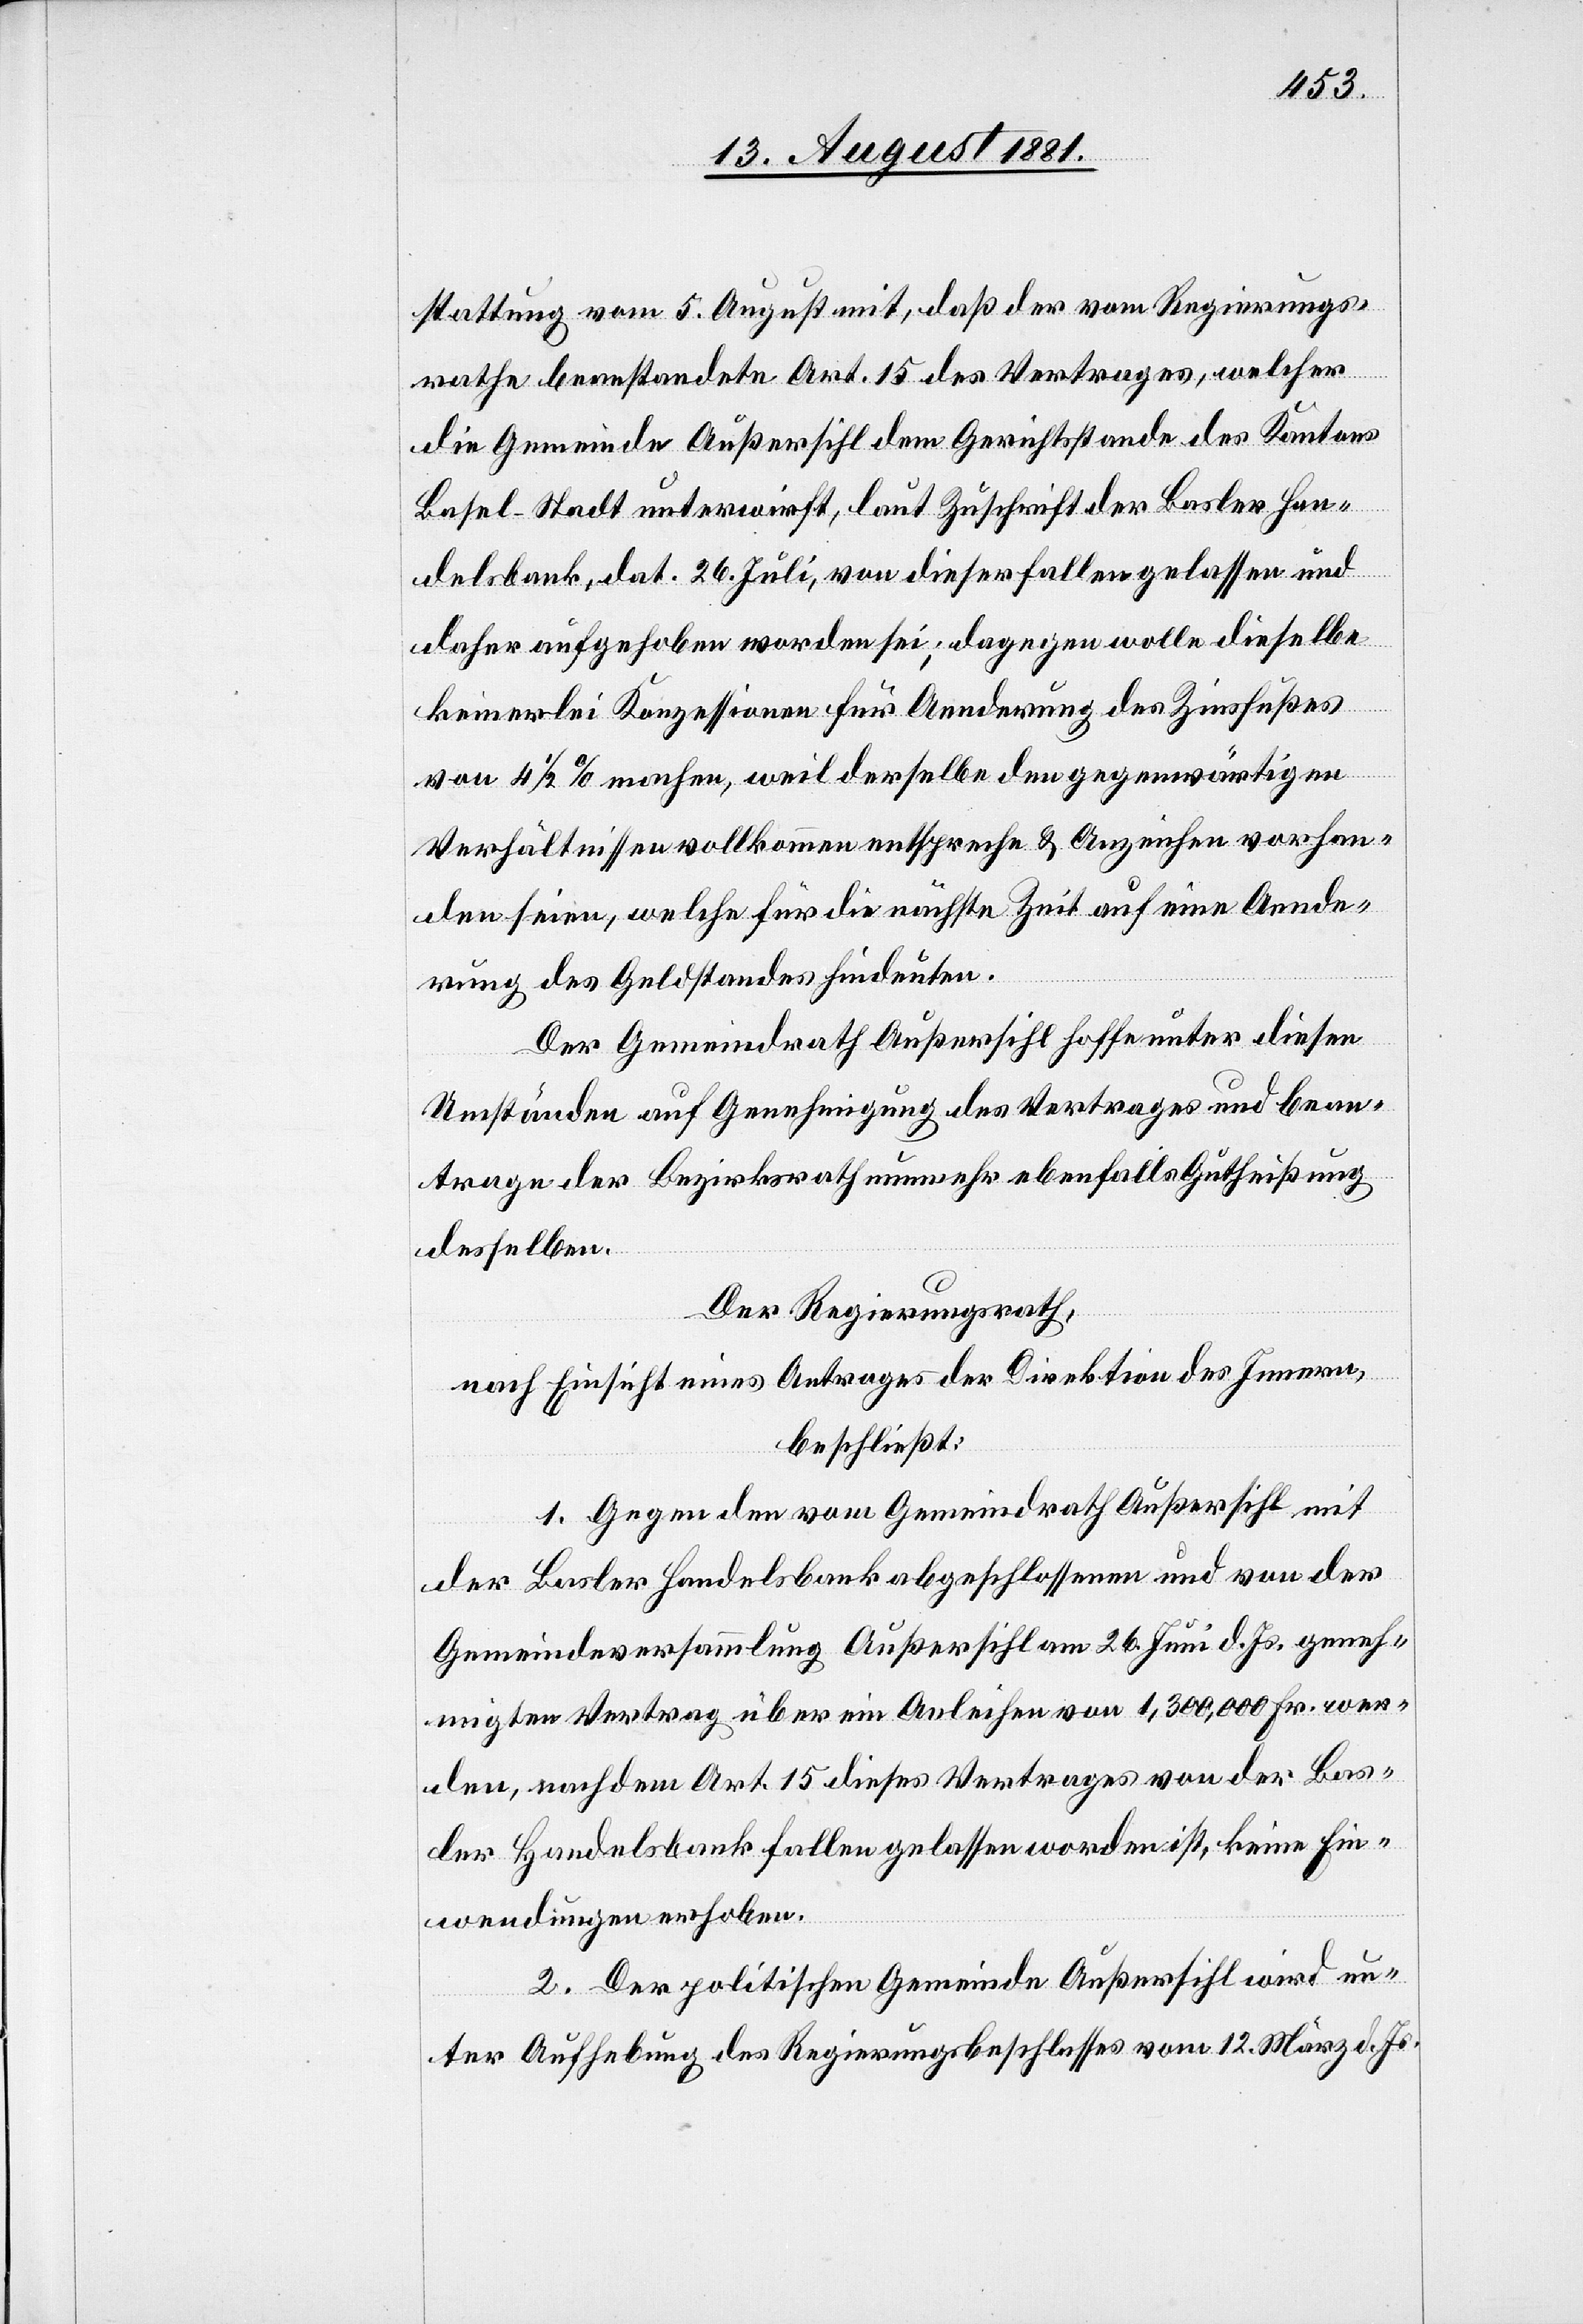
stattung vom 5. August mit, daß der vom Regierungs¬
rathe beanstandete Art. 15 des Vertrages, welcher
die Gemeinde Außersihl dem Gerichtsstande des Kantons
Basel-Stadt unterwirft, laut Zuschrift der Basler Han¬
delsbank, dat. 26. Juli, von dieser fallen gelassen und
daher aufgehoben worden sei; dagegen wolle dieselbe
keinerlei Konzessionen für Aenderung des Zinsfußes
von 4 1/2% machen, weil derselbe den gegenwärtigen
Verhältnissen vollkommen entspreche & Anzeichen vorhan¬
den seien, welche für die nächste Zeit auf eine Aende¬
rung des Geldstandes hindeuten.
Der Gemeindrath Außersihl hoffe unter diesen
Umständen auf Genehmigung des Vertrages und bean¬
trage der Bezirksrath nunmehr ebenfalls Gutheißung
desselben.
Der Regierungsrath,
nach Einsicht eines Antrages der Direktion des Innern,
beschließt:
1. Gegen den vom Gemeindrath Außersihl mit
der Basler Handelsbank abgeschlossenen und von der
Gemeindeversammlung Außersihl am 26. Juni d. Js. geneh¬
migten Vertrag über ein Anleihen von 1,300,000 Fr. wer¬
den, nachdem Art. 15 dieses Vertrages von der Bas¬
ler Handelsbank fallen gelassen worden ist, keine Ein¬
wendungen erhoben.
2. Der politischen Gemeinde Außersihl wird un¬
ter Aufhebung des Regierungsbeschlusses vom 12. März d. Js.